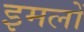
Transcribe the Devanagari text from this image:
इमलों